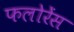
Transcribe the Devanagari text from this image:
फलोरेंस